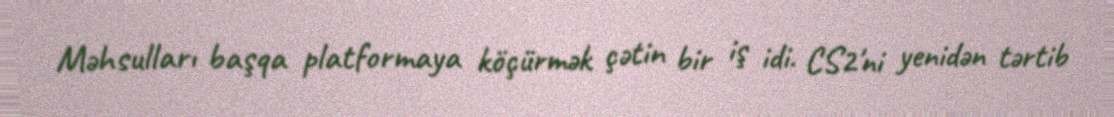
Məhsulları başqa platformaya köçürmək çətin bir iş idi. CS2'ni yenidən tərtib